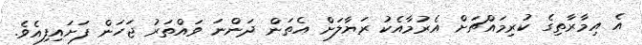
އެ އިމާރާތިގެ ކުރިމައްޗަށް އެރުމާއެކު ރަޔާލަށް އެތަން ދަންނަ ވައްތަރު ޖަހަން ފަށައިފިއެވެ.